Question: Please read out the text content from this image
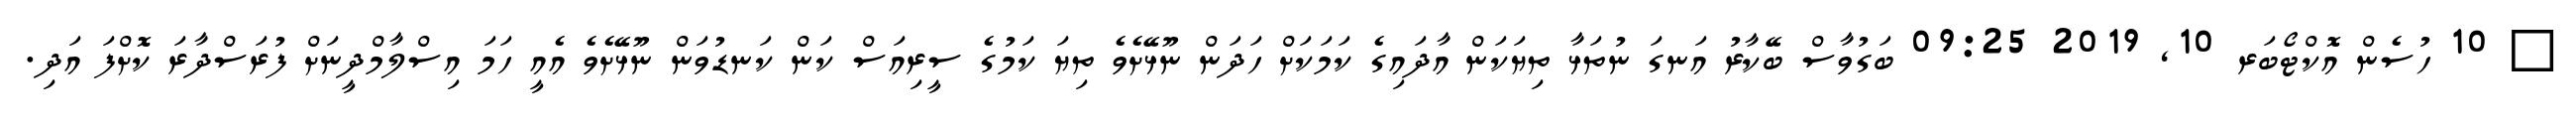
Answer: ? 10 ހުސެން އޮކްޓޯބަރ 10, 2019 09:25 ބަގުވާސް ބޭކާރު އަނގަ ނުތަޅާ ތިޔަކަން އާދައިގެ ކަމަކަށް ހަދަން ނޫޅޭށެވެ ތިޔަ ކަމުގެ ސީރިއަސް ކަން ކަނޑުވަން ނޫޅޭށެވެ އެއީ ހަމަ އިސްލާމްދީނަށް ފުރަސްދާރަ ކޮށްފަ އަދި.